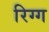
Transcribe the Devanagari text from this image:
रिग्ग